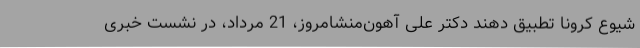
شیوع کرونا تطبیق دهند دکتر علی آهون‌منشامروز، 21 مرداد، در نشست خبری